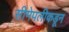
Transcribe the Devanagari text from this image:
सीमेपलीकडून